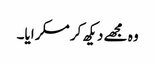
وہ مجھے دیکھ کر مسکرایا۔